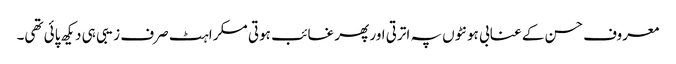
معروف حسن کے عنابی ہونٹوں پہ اترتی اور پھر غائب ہوتی مسکراہٹ صرف زیبی ہی دیکھ پائی تھی۔